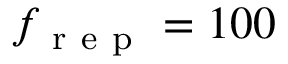
f _ { \mathrm { ~ r ~ e ~ p ~ } } = 1 0 0